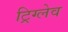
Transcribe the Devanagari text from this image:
ट्रिग्लेव